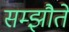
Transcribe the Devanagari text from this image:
सम्झौते